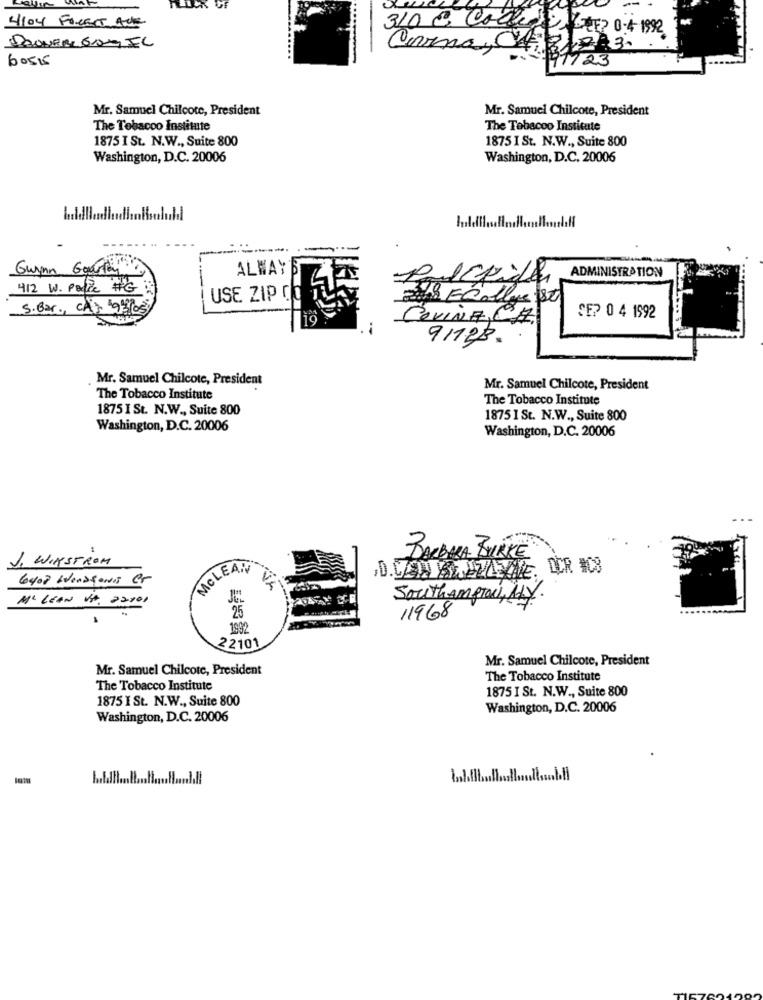
4104 FORET AVE
310 @ CodeJe ZTE2 0:4 1992.
Corna, 04: 312:3.
60515
123
Mr. Samuel Chilcote, President
Mr. Samuel Chilcote, President
The Tobacco Institute
The Tobacco Institute
1875 I St. N.W ., Suite 800
1875 I St. N.W ., Suite 800
Washington, D.C. 20006
Washington, D.C. 20006
-----.
Gwynn Gourlay
ALWAY
ADMINISTRATION
412 W. Poic #G 2
-
USE ZIP DO
218 ECollar 80
S.Bar. CA'} '93/05/
COVINA CA
SEP 0 4 1592
91123.
Mr. Samuel Chilcote, President
Mr. Samuel Chilcote, President
The Tobacco Institute
The Tobacco Institute
1875 I St. N.W ., Suite 800
1875 1 St. N.W ., Suite 800
Washington, D.C. 20006
Washington, D.C. 20006
BARBARA BURKE
J. WINSTROM
MCLEAN
6408 Wordsoris Cr
MC LEAN VA. 22:01
South AMPTON, ALY
25
11968
1992
22101
Mr. Samuel Chilcote, President
Mr. Samuel Chilcote, President
The Tobacco Institute
The Tobacco Institute
1875 I St. N.W ., Suite 800
1875 I St. N.W ., Suite 800
Washington, D.C. 20006
Washington, D.C. 20006